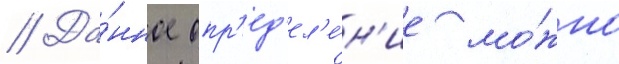
// Да́нное опр'ед'ел'е́н'ие мо́жно